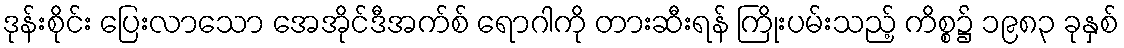
ဒုန်းစိုင်း ပြေးလာသော အေအိုင်ဒီအက်စ် ရောဂါကို တားဆီးရန် ကြိုးပမ်းသည့် ကိစ္စ၌ ၁၉၈၃ ခုနှစ်